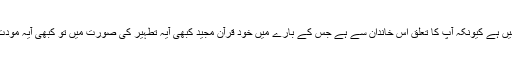
اسی لئے جناب سیدہ زہرا (س) کی شخصیت بھی اسلامی تعلیمات میں کسی تعارف کا محتاج نہیں ہے کیونکہ آپ کا تعلق اس خاندان سے ہے جس کے بارے میں خود قرآن مجید کبھی آیہ تطہیر کی صورت میں تو کبھی آیہ مودت کی شکل میں تو کبھی آیہ مباہلہ کی صورت میں تو کبھی ہل اتیٰ کی شکل میں مدح سرا ہے ۔